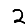
Digit: 2